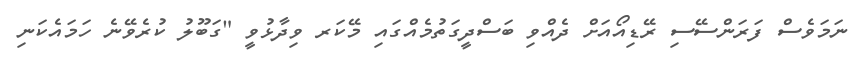
ނަމަވެސް ފަރަންސޭސި ރޭޑިއޯއަށް ދެއްވި ބަސްދީގަތުމެއްގައި މޭކަރ ވިދާޅުވީ "ގަބޫލު ކުރެވޭނެ ހަމައެކަނި